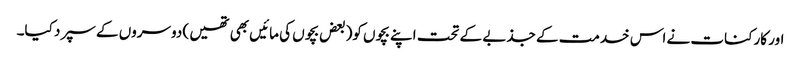
اور کارکنات نے اس خدمت کے جذبے کے تحت اپنے بچوں کو(بعض بچوں کی مائیں بھی تھیں ) دوسروں کے سپرد کیا۔